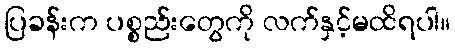
ပြခန်းက ပစ္စည်းတွေကို လက်နှင့်မထိရပါ။